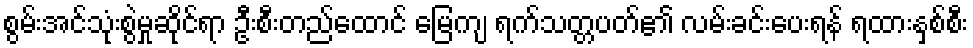
စွမ်းအင်သုံးစွဲမှုဆိုင်ရာ ဦးစီးတည်ထောင် မြေကျ ရက်သတ္တပတ်၏ လမ်းခင်းပေးရန် ရထားနှစ်စီး